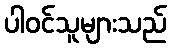
ပါဝင်သူများသည်